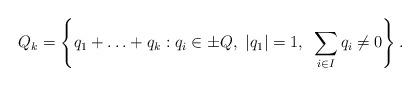
LaTeX: \begin{align*}Q_k=\left\{q_1+\ldots+q_k:q_i\in \pm Q,~|q_1|=1,~\sum_{i\in I}q_i\neq 0\right\}.\end{align*}